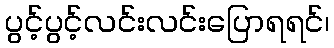
ပွင့်ပွင့်လင်းလင်းပြောရရင်၊